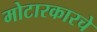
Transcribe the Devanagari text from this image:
मोटारकारचे